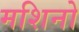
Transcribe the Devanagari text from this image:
मशिनो